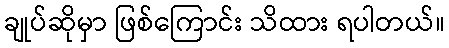
ချုပ်ဆိုမှာ ဖြစ်ကြောင်း သိထား ရပါတယ်။